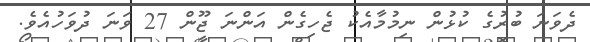
ދެވަނަ ބުރުގެ ކުޅުން ނިމުމާއެކު ޖެހިގެން އަންނަ ޖޫން 27 ވަނަ ދުވަހުއެވެ.